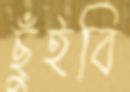
ছুঁইবি